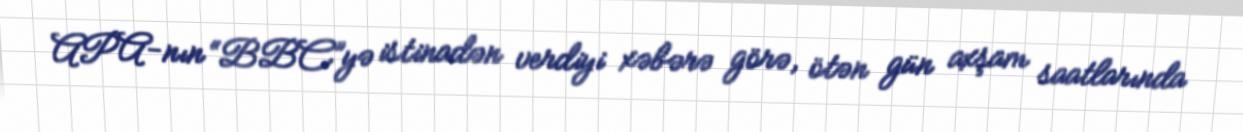
APA-nın “BBC”yə istinadən verdiyi xəbərə görə, ötən gün axşam saatlarında